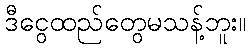
ဒီငွေထည်တွေမသန့်ဘူး။